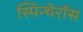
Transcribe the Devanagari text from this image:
स्पिन्थेरॉस